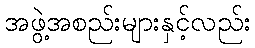
အဖွဲ့အစည်းများနှင့်လည်း